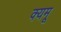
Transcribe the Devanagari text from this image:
क्यमू